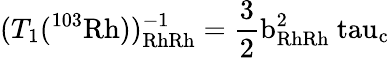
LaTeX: (T_{1}(^{103}\mathrm{{Rh}))_{RhRh}^{-1}=\frac{3}{2}b_{RhRh}^{2}\ tau_{c}}